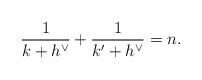
LaTeX: \begin{align*} \frac{1}{k+h^\vee} + \frac{1}{k'+ h^\vee} = n. \end{align*}